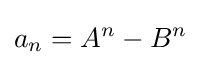
a_{n}=A^{n}-B^{n}